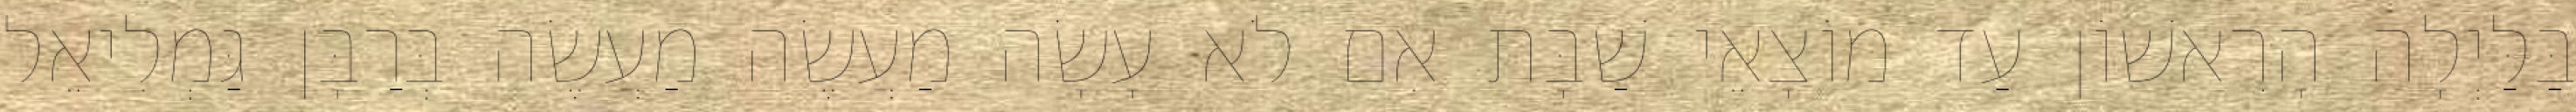
בַּלַּיְלָה הָרִאשׁוֹן עַד מוֹצָאֵי שַׁבָּת אִם לֹא עָשָׂה מַעֲשֶׂה מַעֲשֶׂה בְּרַבָּן גַּמְלִיאֵל